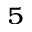
_ 5